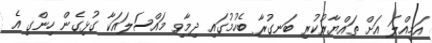
އަމިއްލަ އަށް ތައްޔާރުކުރި ބަނގުރާ ބެހުމުގައި ދިމާވި މައްސަލައަކާ ގުޅިގެން ހިންގި އެ